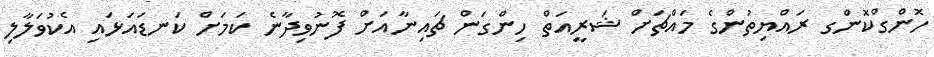
ހޮންގްކޮންގ ރައްޔިތުންގެ މައްޗަށް ޝަރީއަތް ހިންގަން ޗައިނާއަށް ފޮނުވިދާނެ ކަމަށް ކަނޑައަޅައި އެކުވަލާލި